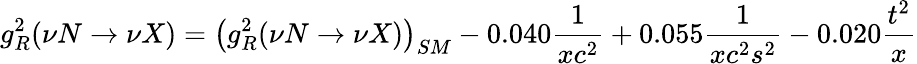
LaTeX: g_{R}^{2}(\nu N\rightarrow\nu X)=\left(g_{R}^{2}(\nu N\rightarrow\nu X)\right)_{SM}-0.040{\frac{1}{xc^{2}}}+0.055{\frac{1}{xc^{2}s^{2}}}-0.020{\frac{t^{2}}{x}}